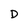
Character: D